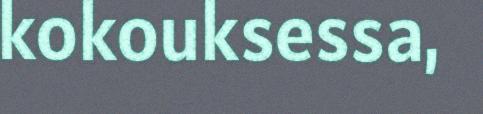
kokouksessa,